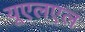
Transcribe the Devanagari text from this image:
यूएलएल